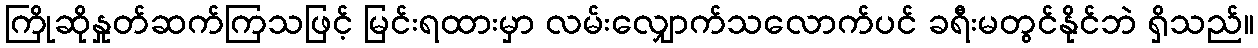
ကြိုဆိုနှုတ်ဆက်ကြသဖြင့် မြင်းရထားမှာ လမ်းလျှောက်သလောက်ပင် ခရီးမတွင်နိုင်ဘဲ ရှိသည်။